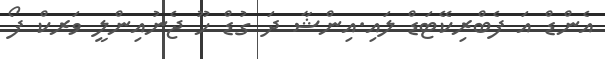
އެންޑް އަ ފެބްރިކޭޓަޑް ލައި.އިންޝާ ދަ ގުޑް ހޫ ޖެނުއިންލީ ވަރކް ފޯ